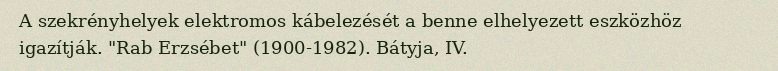
A szekrényhelyek elektromos kábelezését a benne elhelyezett eszközhöz igazítják. "Rab Erzsébet" (1900-1982). Bátyja, IV.